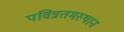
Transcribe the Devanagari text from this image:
पवित्रतमस्थान